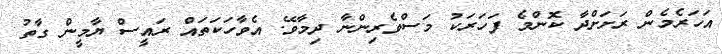
އަހަރެމެން ރަށަށްދާ ކޮންމެ ފަހަރަކު މަސްވެރިންނާ ދިމާވޭ. އެވާހަކަތައް ރައީސް ޔާމީން ގާތު